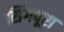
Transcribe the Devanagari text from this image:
सिंगपूरा